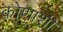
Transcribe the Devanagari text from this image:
कोणाशी